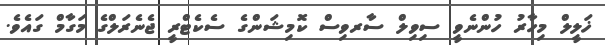
ޚަލީލް މިހާރު ހުންނެވީ ސިވިލް ސާރވިސް ކޮމިޝަންގެ ސެކެޓްރީ ޖެނެރަލްގެ މަގާމް ގައެވެ.